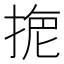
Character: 𢮾